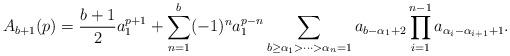
LaTeX: \begin{align*} A_{b+1}(p) = \frac{b+1}{2}a_1^{p+1} + \sum_{n=1}^b(-1)^na_1^{p-n}\sum_{b \geq \alpha_1 > \cdots > \alpha_n = 1}a_{b-\alpha_1+2}\prod_{i=1}^{n-1}a_{\alpha_i - \alpha_{i+1} + 1}.\end{align*}